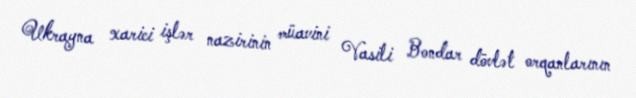
Ukrayna xarici işlər nazirinin müavini Vasili Bondar dövlət orqanlarının